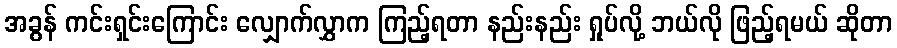
အခွန် ကင်းရှင်းကြောင်း လျှောက်လွှာက ကြည့်ရတာ နည်းနည်း ရှုပ်လို့ ဘယ်လို ဖြည့်ရမယ် ဆိုတာ